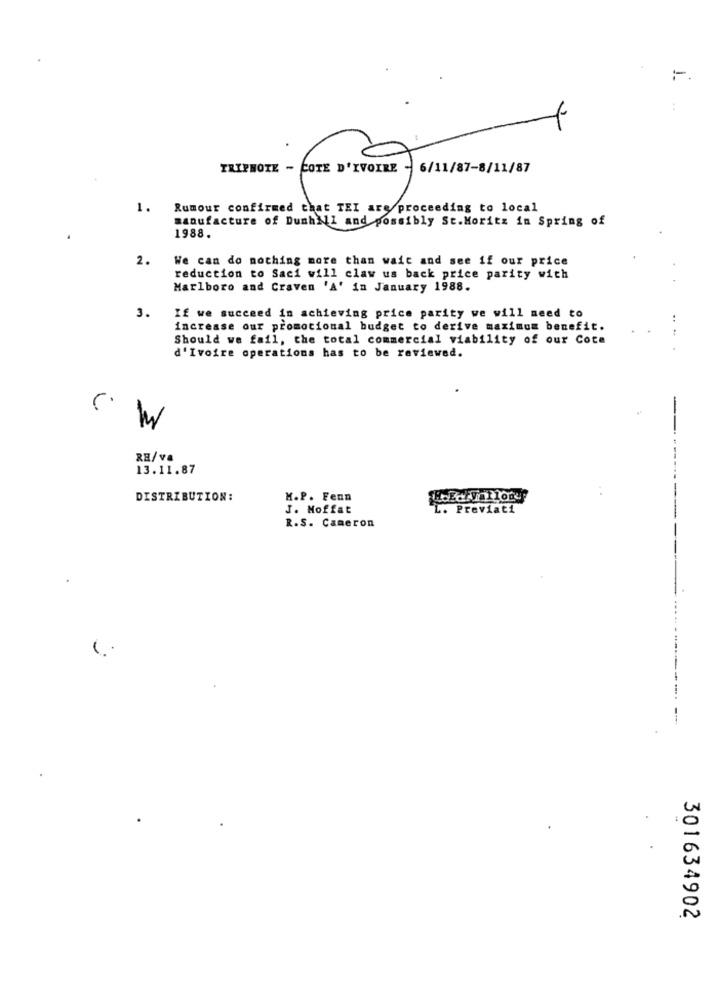
:
TRIPHOTE - COTE D'IVOIRE - 6/11/87-8/11/87
1.
Rumour confirmed that TEI are proceeding to local
manufacture of Dunhill and possibly St.Moritz in Spring of
1988.
2.
We can do nothing more than wait and see if our price
reduction to Saci will claw us back price parity with
Marlboro and Craven 'A' in January 1988.
3.
If we succeed in achieving price parity we will need to
increase our promotional budget to derive maximum benefit.
Should we fail, the total commercial viability of our Cote
d'Ivoire operations has to be reviewed.
RE/va
13.11.87
DISTRIBUTION:
M.P. Fenn
J. Moffat
L. Previati
R.S. Cameron
301634902